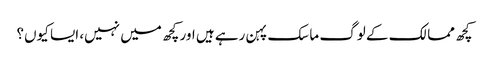
کچھ ممالک کے لوگ ماسک پہن رہے ہیں اور کچھ میں نہیں، ایسا کیوں؟